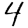
Digit: 4